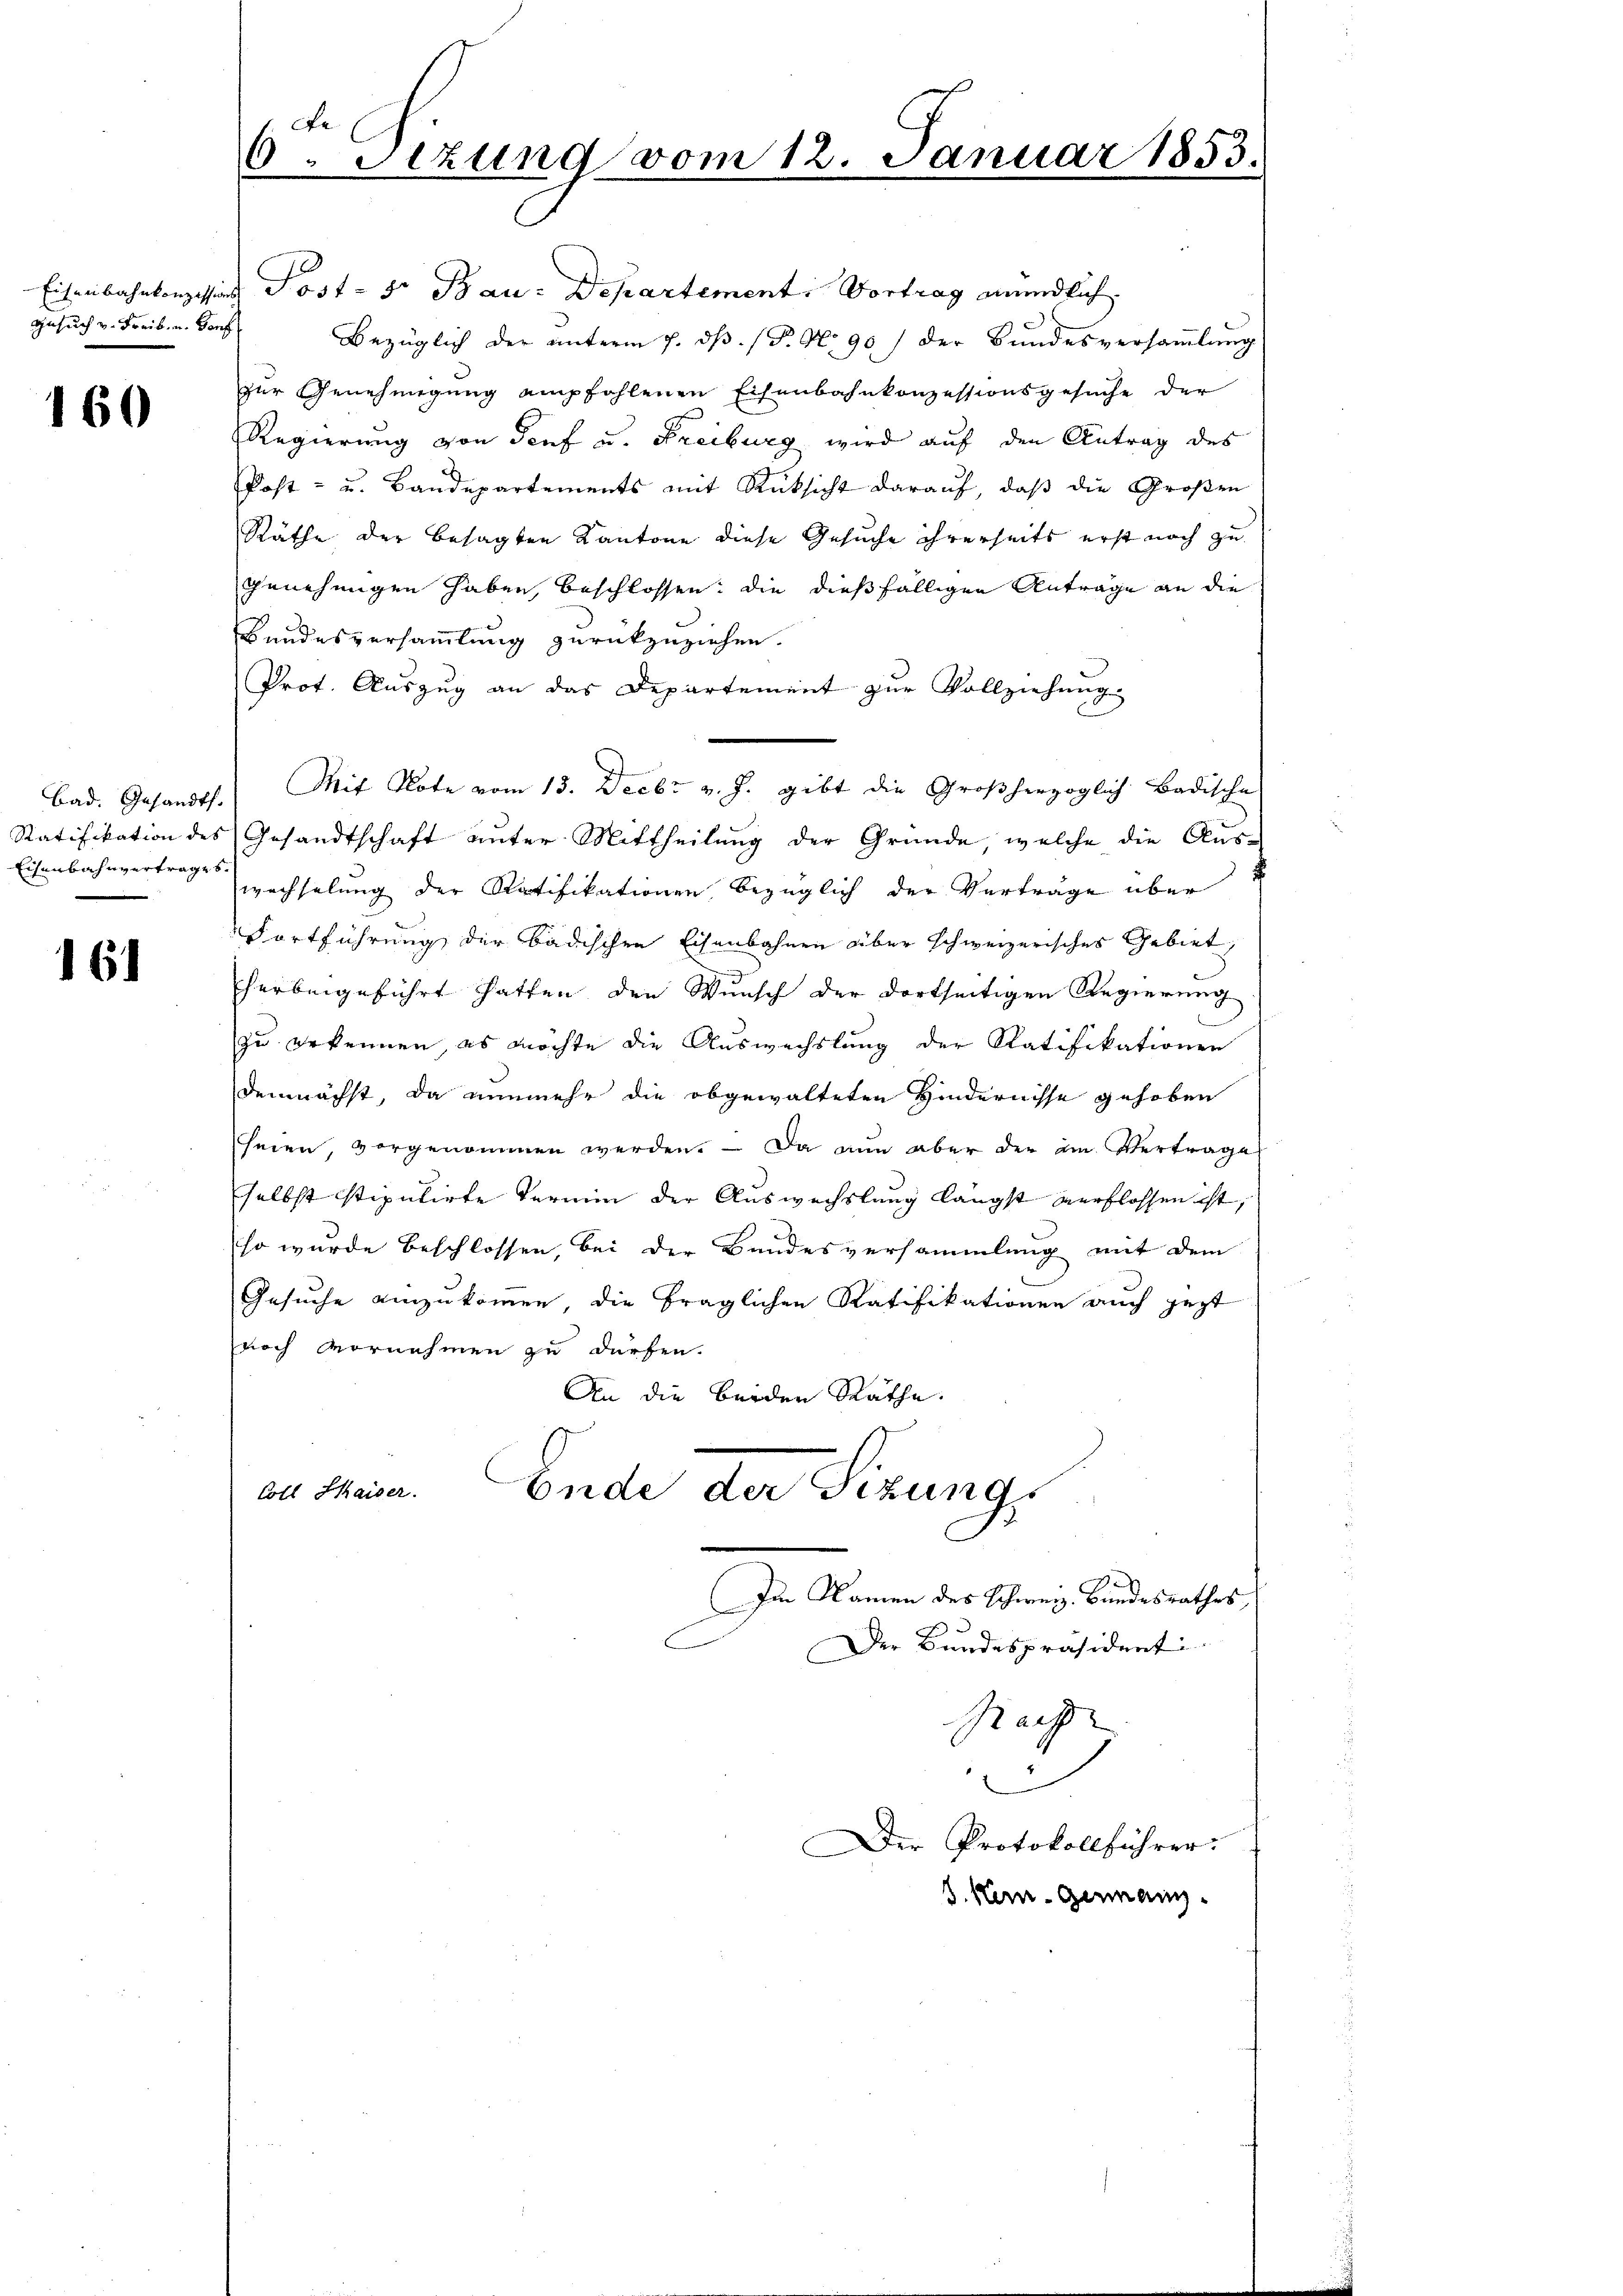
Gesuch v. Freib, u. Sanf

160

Eisenbahnvertrages.

161

Eisenbahnkonzessions Post- 5r Bau-Departement: Vortrag mündlich
Bezüglich der ŭnterm 7. dβ. (T. No 90) der Bundesversaṁlŭng
zur Genehmigung empfahlenen Eisenbahnkonzessionsgesuche der
Regierung von Torf u. Freiburg wird auf den Antrag des
Post- u. Bandepartements mit Rücksicht darauf, daß die Großen
Räthe der besagten Kantone diese Gesuche ihrerseits erst noch zu
Genehmigen haben, beschlossen, die dießfälligen Antrage an die
Bundesversammlung zurückzuziehen.
Prot. Auszug an das Departement zur Vollziehung
Bad. Gesandts. Mit Note vom 13. Decbr v. J. gibt die Großherzoglich Badische
Ratifikation des Gesandtschaft unter Mittheilung der Gründe, welche die Aus-
wechselung der Ratifikationen, bezüglich der Verträge über
Fortführung der badischen Eisenbahnen über schweizerisches Gebiet,
herbeigeführt hatten, den Wunsch der dortseitigen Regierung
zu erkennen, es möchte die Auswechslung der Ratifikationen
demnächst, da nunmehr die obgewalteten Hindernisse gehoben
seien, vorgenommen werden. Da nun aber der im Vertrage
selbst stipulirte Termin der Auswechslung längst verflossen ist,
so wurde beschlossen, bei der Bandesversammlung mit dem
Gesuche einzukommen, die fraglichen Ratifikationen auch jezt
noch vornehmen zu dürfen.
An die beiden Räthe.
Coll Haiser.
Ende der Sizungs
Im Namen des Schweiz. Bundesrathes
Der Bundespräsidenti
Rache
.
Der Protokollführer.
3. Hen-Germann.

6. Sizung vom 12. Januar 1853.